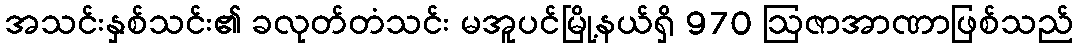
အသင်းနှစ်သင်း၏ ခလုတ်တံသင်း မအူပင်မြို့နယ်ရှိ 970 ဩဇာအာဏာဖြစ်သည်